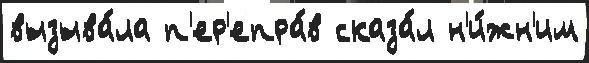
вызыва́ла п'ер'епра́в сказа́л н'и́жн'им